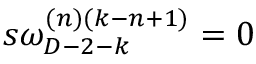
s \omega _ { D - 2 - k } ^ { ( n ) ( k - n + 1 ) } = 0